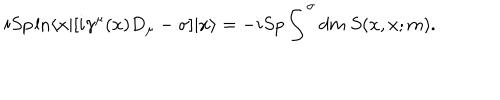
i S p \ln \langle x | [ i \gamma ^ { \mu } ( x ) D _ { \mu } - \sigma ] | x \rangle = - i S p \int ^ { \sigma } d m \ S ( x , x ; m ) .